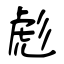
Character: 彪